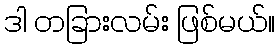
ဒါ တခြားလမ်း ဖြစ်မယ်။